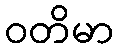
ဝတိမာ